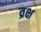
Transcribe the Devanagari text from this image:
व्रक्ष